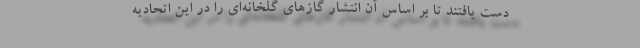
دست یافتند تا بر اساس آن انتشار گازهای گلخانه‌ای را در این اتحادیه